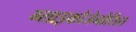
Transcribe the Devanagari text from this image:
ग्लाइकोजेनोसिस